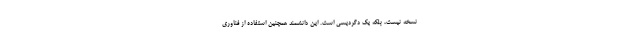
نسخه نیست، بلکه یک دگردیسی است. این دانشمند همچنین استفاده از فناوری